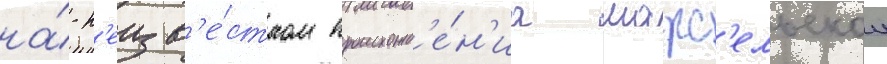
на́ н'еизв'е́стном происхожд'е́н'иа марс'ельскои